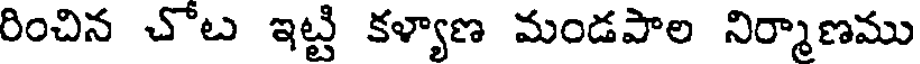
రించిన చోట ఇట్టి కళ్యాణ మండపాల నిర్మాణము